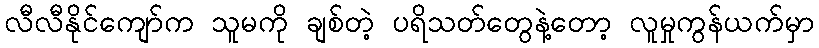
လီလီနိုင်ကျော်က သူမကို ချစ်တဲ့ ပရိသတ်တွေနဲ့တော့ လူမှုကွန်ယက်မှာ